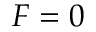
F = 0